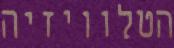
הטלוויזיה